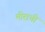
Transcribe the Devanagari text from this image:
मीराची